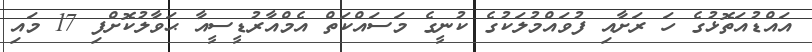
އައްޑުއަތޮޅުގެ ހަ ރަށާއި ފުވައްމުލަކުގެ ކުނީގެ މަސައްކަތް އެމްއާރުޑީސީއާ ޙަވާލުކޮށްފި 17 މައި